Reports on dispensaries and lunatic asylums in the Province of Oudh - 1869-1876
Year: 1869
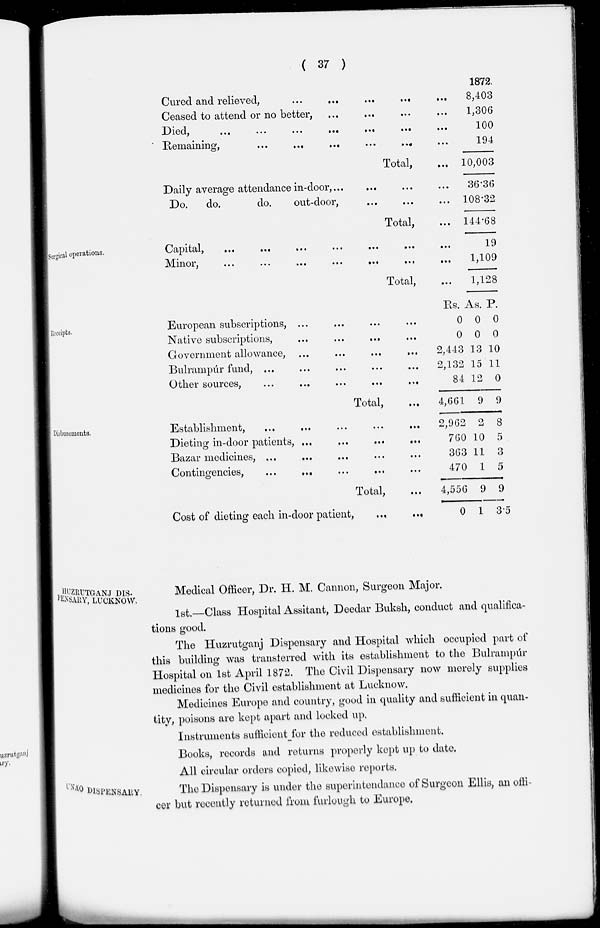
( 37 )
Cured and relieved,
...
... ... ... ...
Ceased to attend or no better, ... ... ... ...
Died, ... ... ... ... ... ... ...
Remaining, ... ... ... ... ... ...
Total, ...
Daily average attendance in-door, ... ... ... ...
Do.
do.
do.
out-door, ... ... ...
Total, ...
1872.
8,403
1,306
100
194
10,003
36.36
108.32
144.68
Surgical operations.
Capital, ... ... ... ... ... ... ...
Minor, ... ... ... ... ... ... ...
Total, ...
19
1,109
1,128
Receipts.
European subscriptions, ... ... ... ...
Native subscriptions,
...
... ... ...
Government allowance, ... ... ... ...
Bulrampúr fund, ... ... ... ... ...
Other sources,
...
...
...
... ...
Total, ...
Rs.
0
0
2,443
2,132
84
4,661
As.
0
0
13
15
12
9
P.
0
0
10
11
0
9
Disbusements.
Establishment,
...
...
...
... ...
Dieting in-door patients, ... ... ... ...
Bazar medicines, ... ... ... ... ...
Contingencies, ... ... ... ... ...
Total, ...
Cost of dieting each in-door patient, ... ...
2,962
760
363
470
4,556
0
2
10
11
1
9
1
8
5
3
5
9
3.5
HUZRUTGANJ DIS¬
PENSARY, LUCKNOW
Medical Officer, Dr. H. M, Cannon, Surgeon Major.
1st.—Class Hospital Assitant, Deedar Buksh, conduct and qualifica-
tions good.
The Huzrutganj Dispensary and Hospital which occupied part of
this building was transferred with its establishment to the Bulrampúr
Hospital on 1st April 1872. The Civil Dispensary now merely supplies
medicines for the Civil establishment at Lucknow.
Medicines Europe and country, good in quality and sufficient in quan-
tity, poisons are kept apart and locked up.
Instruments sufficient for the reduced establishment.
Books, records and returns properly kept up to date.
All circular orders copied, likewise reports.
UNAO DlSPENSARY.
The Dispensary is under the superintendance of Surgeon Ellis, an offi-
cer but recently returned from furlough to Europe.